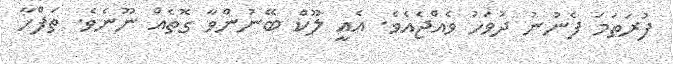
ފުރަތަމަ ފެނުުނު ދުވަހު ވެއްޖެއެވެ. އެއީ ލޫކް ބޭނުންވާ ގޮތެއް ނޫނެވެ. ތަފްހާ